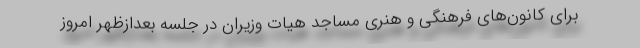
برای کانون‌های فرهنگی و هنری مساجد هیات وزیران در جلسه بعدازظهر امروز